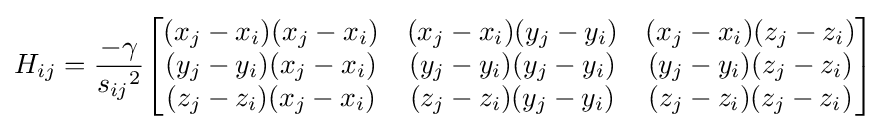
H_{ij}={-\gamma  \over {s_{ij}}^{2}}{\begin{bmatrix}{(x_{j}-x_{i})(x_{j}-x_{i})}&{(x_{j}-x_{i})(y_{j}-y_{i})}&{(x_{j}-x_{i})(z_{j}-z_{i})}\\{(y_{j}-y_{i})(x_{j}-x_{i})}&{(y_{j}-y_{i})(y_{j}-y_{i})}&{(y_{j}-y_{i})(z_{j}-z_{i})}\\{(z_{j}-z_{i})(x_{j}-x_{i})}&{(z_{j}-z_{i})(y_{j}-y_{i})}&{(z_{j}-z_{i})(z_{j}-z_{i})}\end{bmatrix}}